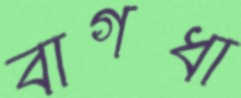
বাগধা